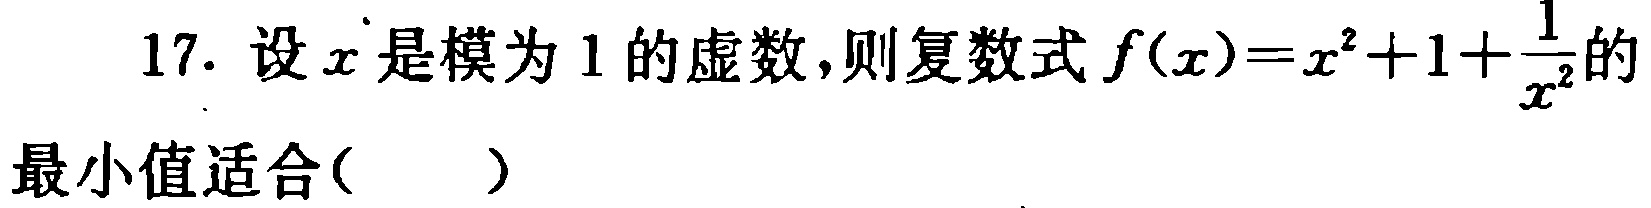
17. 设\(x\)是模为\(1\)的虚数，则复数式\(f(x)=x^{2}+1+\frac{1}{x^{2}}\)的最小值适合( )